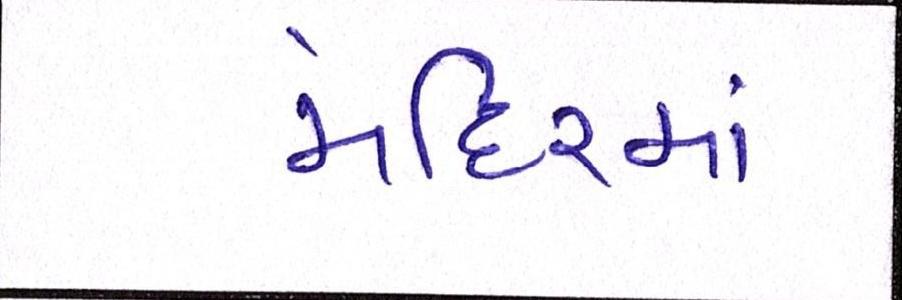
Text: મંદિરમાં